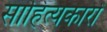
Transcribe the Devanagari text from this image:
साहित्‍यकारों